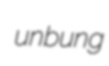
unbung